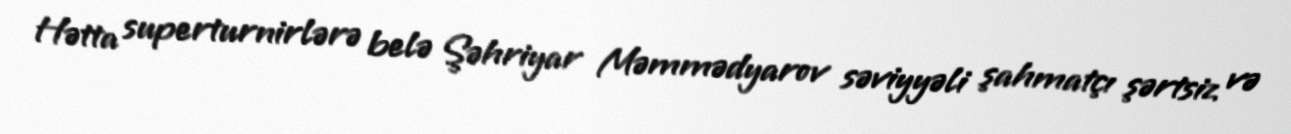
Hətta superturnirlərə belə Şəhriyar Məmmədyarov səviyyəli şahmatçı şərtsiz və